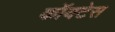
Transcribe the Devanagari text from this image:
कॉयटेस